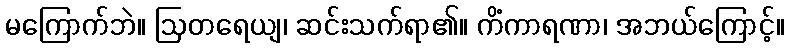
မကြောက်ဘဲ။ ဩတရေယျ၊ ဆင်းသက်ရာ၏။ ကိံကာရဏာ၊ အဘယ်ကြောင့်။